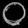
Digit: ၀